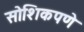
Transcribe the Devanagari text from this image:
सोशिकपणे